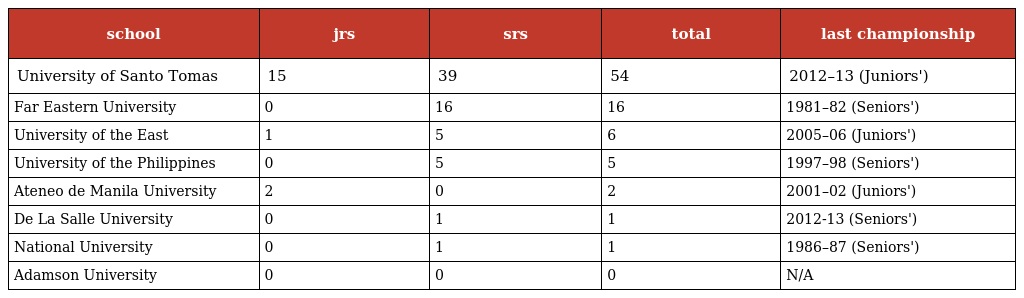
| school | jrs | srs | total | last championship |
 | --- | --- | --- | --- | --- |
 | University of Santo Tomas | 15 | 39 | 54 | 2012–13 (Juniors') |
 | Far Eastern University | 0 | 16 | 16 | 1981–82 (Seniors') |
 | University of the East | 1 | 5 | 6 | 2005–06 (Juniors') |
 | University of the Philippines | 0 | 5 | 5 | 1997–98 (Seniors') |
 | Ateneo de Manila University | 2 | 0 | 2 | 2001–02 (Juniors') |
 | De La Salle University | 0 | 1 | 1 | 2012-13 (Seniors') |
 | National University | 0 | 1 | 1 | 1986–87 (Seniors') |
 | Adamson University | 0 | 0 | 0 | N/A |